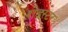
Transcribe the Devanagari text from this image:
रोड्स्टर